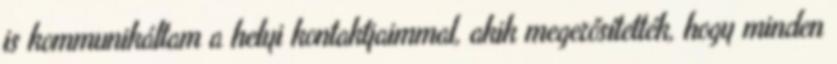
is kommunikáltam a helyi kontaktjaimmal, akik megerősítették, hogy minden